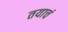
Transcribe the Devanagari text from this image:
तयाचं